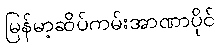
မြန်မာ့ဆိပ်ကမ်းအာဏာပိုင်